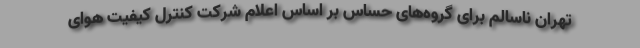
تهران ناسالم برای گروه‌های حساس بر اساس اعلام شرکت کنترل کیفیت هوای